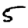
Digit: 5